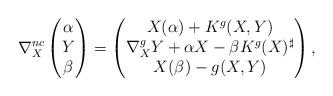
LaTeX: \begin{align*} \nabla_X^{nc} \begin{pmatrix} \alpha \\ Y \\ \beta \end{pmatrix} = \begin{pmatrix} X(\alpha) + K^g(X,Y) \\ \nabla_X^g Y + \alpha X - \beta K^g(X)^{\sharp} \\ X(\beta) - g(X,Y) \end{pmatrix}, \end{align*}